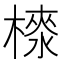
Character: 𣙉